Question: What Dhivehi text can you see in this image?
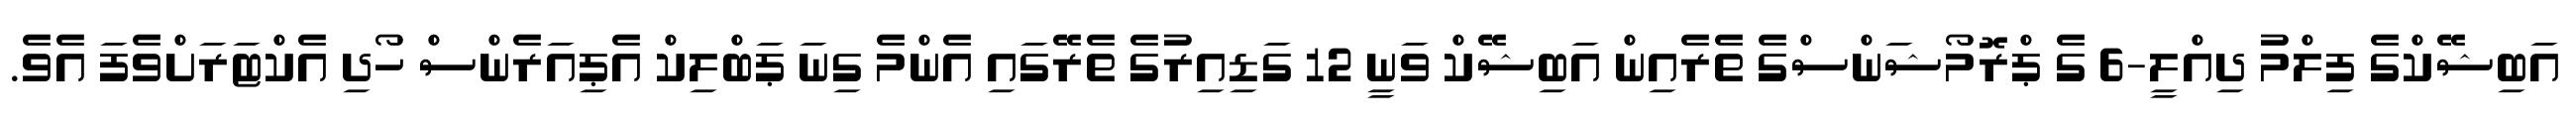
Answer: އަބިޝޭކްގެ ފިލްމު ދިއްލީ-6 ގެ ޕްރޮމޯޝަންސްގެ ތެރެއިން އަބިޝޭކް ވަނީ 12 ގަޑިއިރުގެ ތެރޭގައި އެންމެ ގިނަ ޕަބްލިކް އެޕިއަރެންސް ހޯދި އެކްޓަރަށްވެފަ އެވެ.